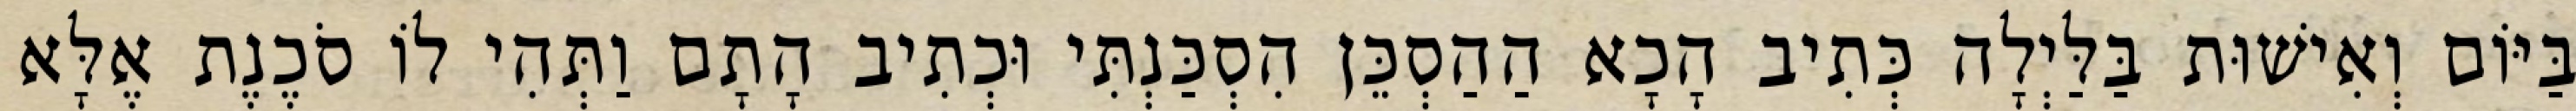
בַּיּוֹם וְאִישׁוּת בַּלַּיְלָה כְּתִיב הָכָא הַהַסְכֵּן הִסְכַּנְתִּי וּכְתִיב הָתָם וַתְּהִי לוֹ סֹכֶנֶת אֶלָּא